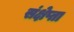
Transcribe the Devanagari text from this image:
संक्षेप्ता